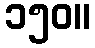
၁၅၀။